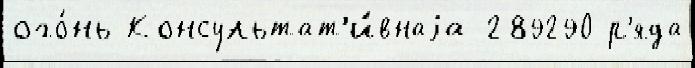
ого́нь Консультат'и́внаjа 289290 р'яда